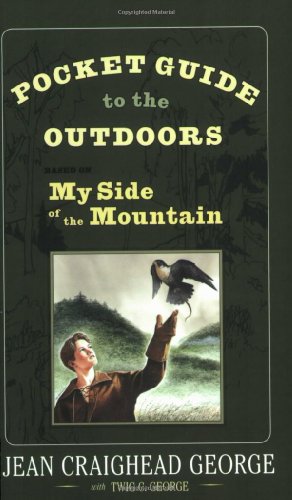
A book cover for Pocket Guide to the Outdoors: Based on My Side of the Mountain; Jean Craighead George; Sports & Outdoors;